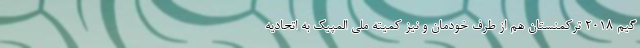
گیم ۲۰۱۸ ترکمنستان هم از طرف خودمان و نیز کمیته ملی المپیک به اتحادیه